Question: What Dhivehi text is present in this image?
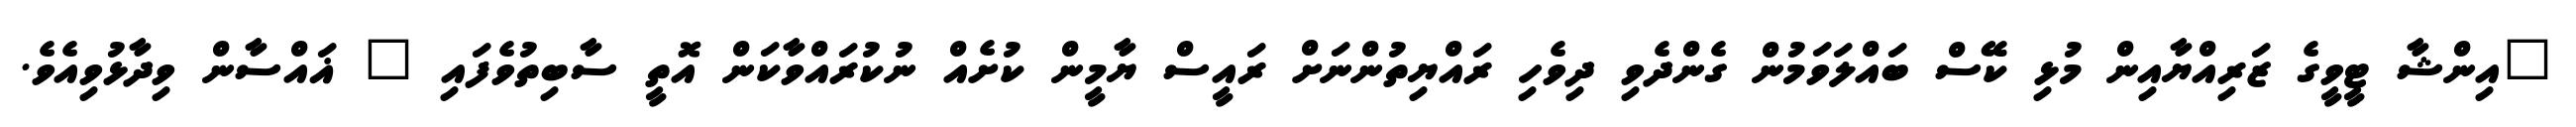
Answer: "އިންޝާ ޓީވީގެ ޒަރިއްޔާއިން މުޅި ކޭސް ބައްލަވަމުން ގެންދެވި ދިވެހި ރައްޔިތުންނަށް ރައީސް ޔާމީން ކުށެއް ނުކުރައްވާކަން އޮތީ ސާބިތުވެފައި " ޣައްސާން ވިދާޅުވިއެވެ.